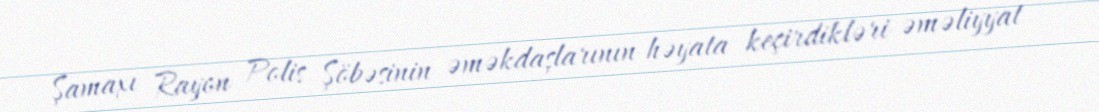
Şamaxı Rayon Polis Şöbəsinin əməkdaşlarının həyata keçirdikləri əməliyyat